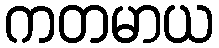
ကတမာယ